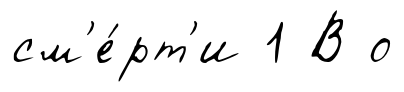
см'е́рт'и 1 В о